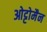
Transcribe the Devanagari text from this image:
ओट्टोमैन